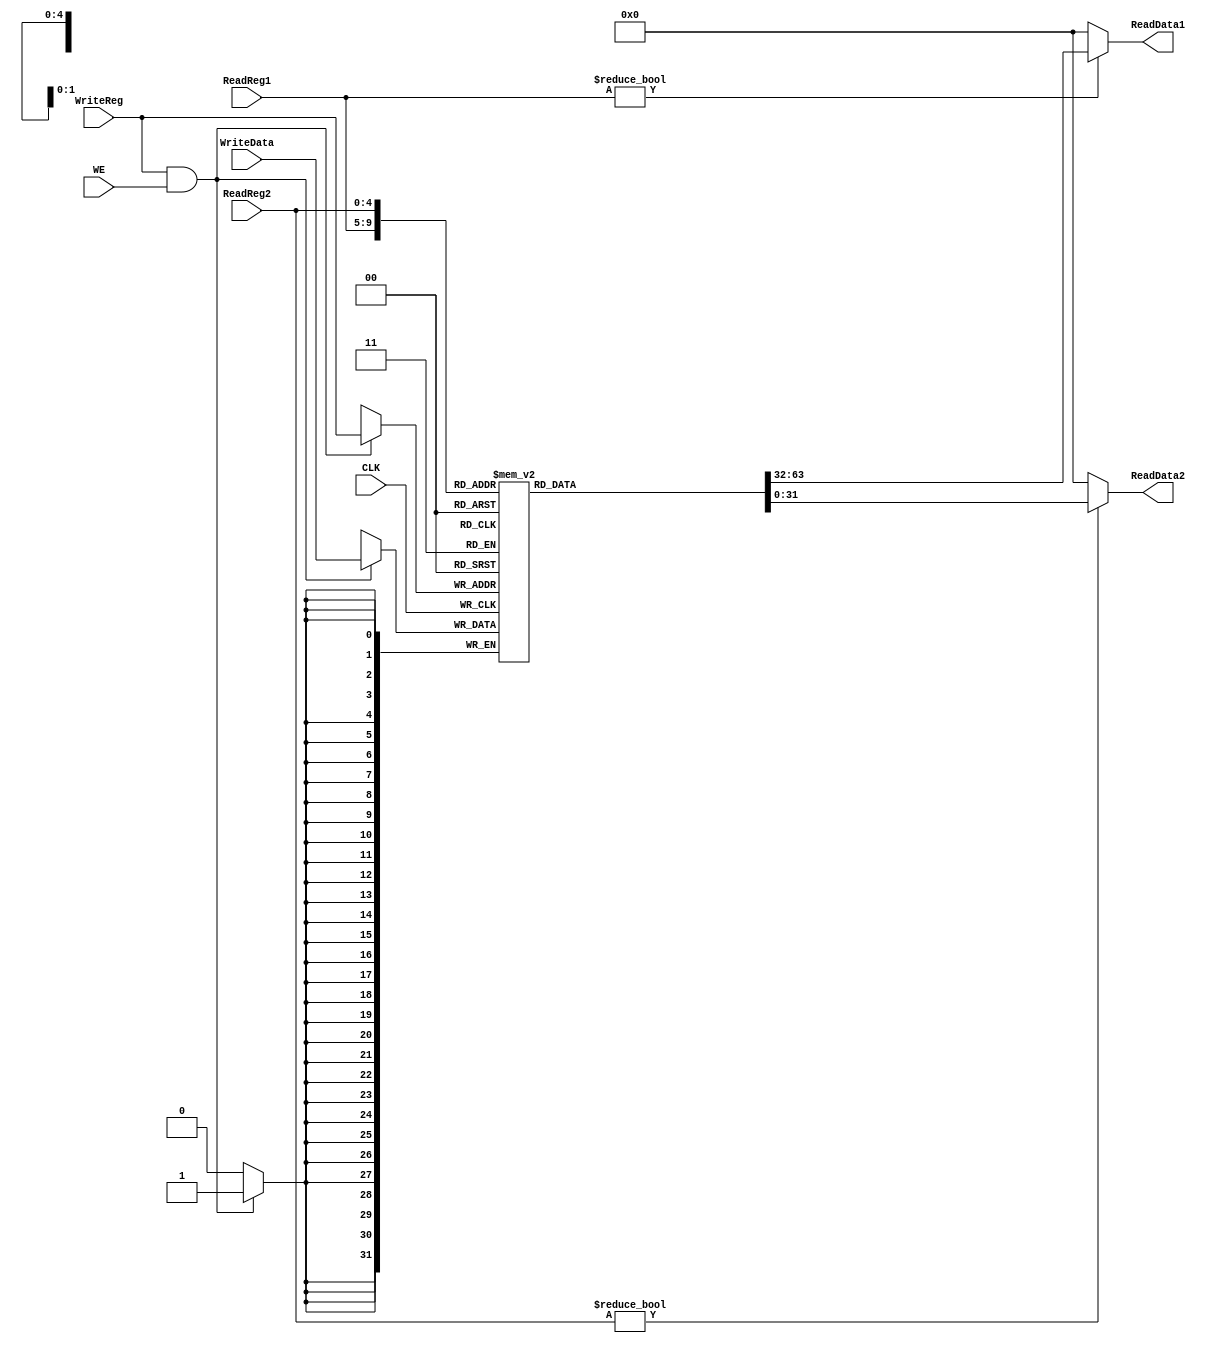
`timescale 1ns / 1ps
module RegisterFile(
	input WE,
	input CLK,
	input[4:0] ReadReg1,
	input[4:0] ReadReg2,
	input[4:0] WriteReg,
	input[31:0] WriteData,
	output[31:0] ReadData1,
	output[31:0] ReadData2
);
	reg[31:0] registers[0:31];
	integer i;
	initial begin	//320
		for(i = 0; i < 32; i = i + 1) 
			registers[i]<=0;
	end
	assign ReadData1=ReadReg1 ? registers[ReadReg1] : 0;
	assign ReadData2=ReadReg2 ? registers[ReadReg2] : 0;
	always@(negedge CLK) begin
		if (WriteReg&&WE) begin
			registers[WriteReg]=WriteData;
		end
	end
endmodule